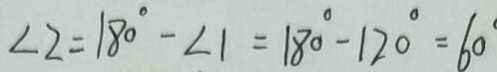
\angle 2 = 1 8 0 ^ { \circ } - \angle 1 = 1 8 0 ^ { \circ } - 1 2 0 ^ { \circ } = 6 0 ^ { \circ }